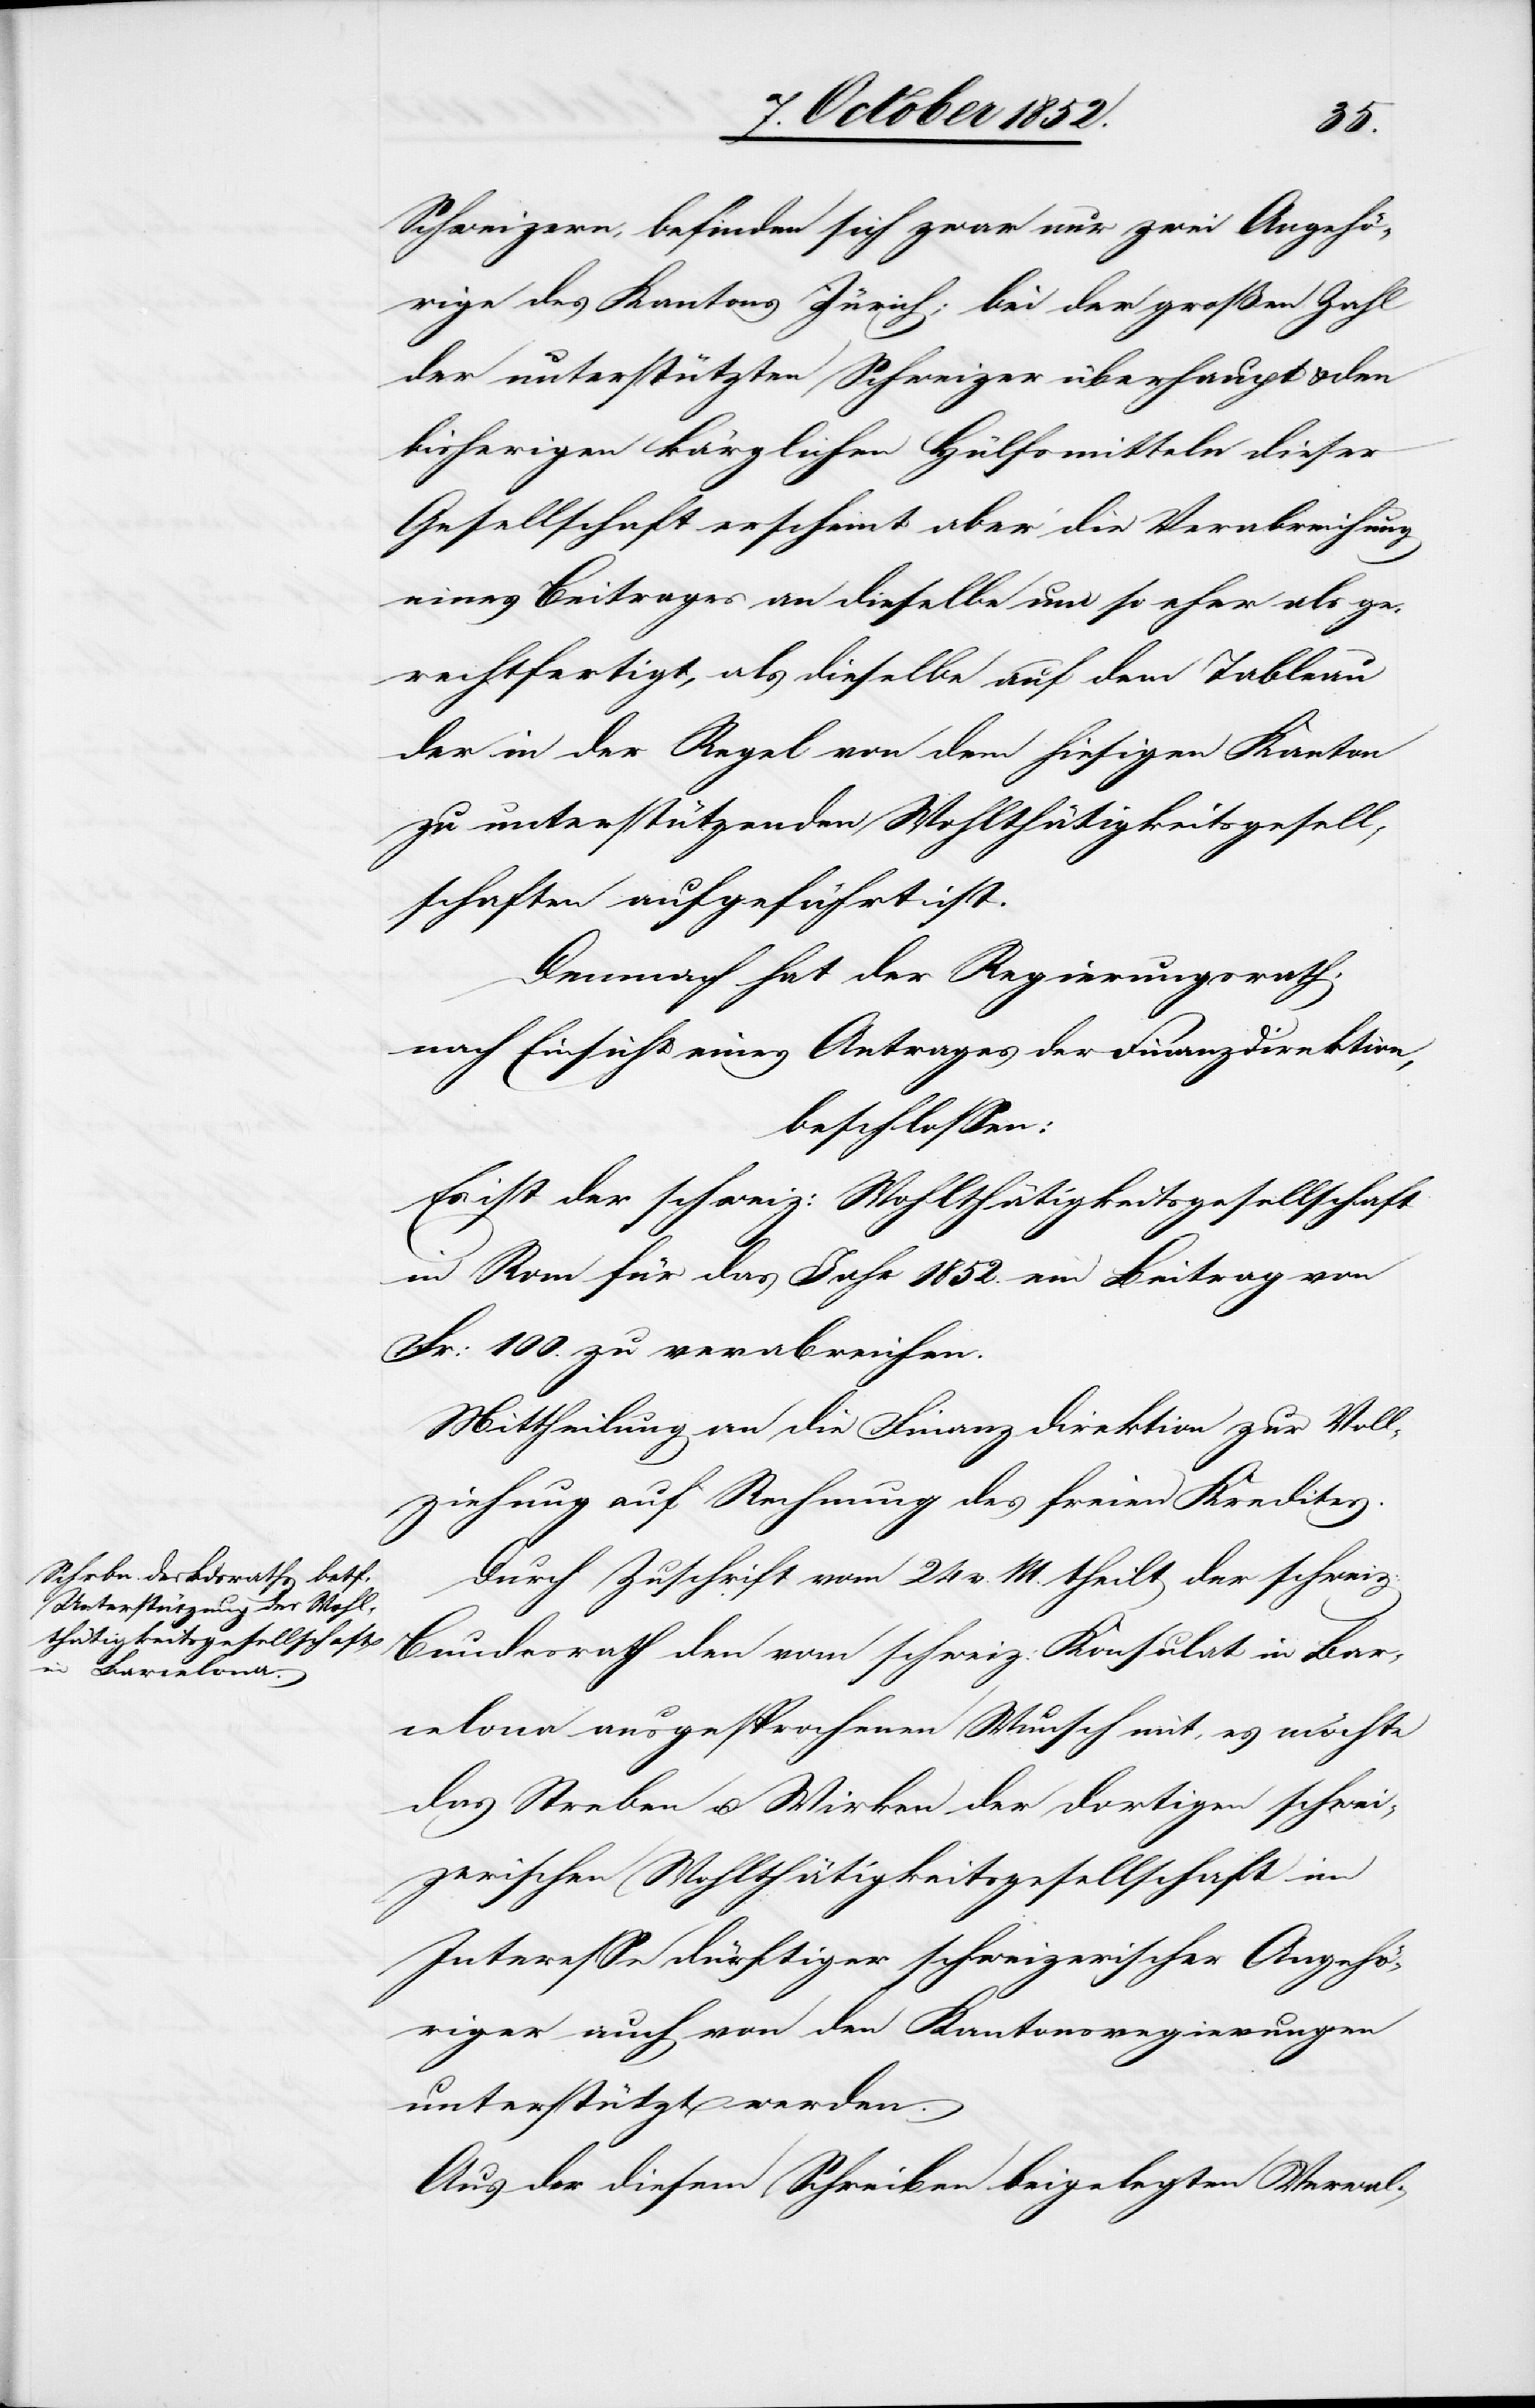
Schweizern, befinden sich zwar nur zwei Angehö¬
rige des Kantons Zürich; bei der großen Zahl
der unterstützten Schweizer überhaupt & den
bisherigen kärglichen Hülfsmitteln dieser
Gesellschaft erscheint aber die Verabreichung
eines Beitrages an dieselbe um so eher als ge¬
rechtfertigt, als dieselbe auf dem Tableau
der in der Regel von dem hiesigen Kanton
zu unterstützenden Wohlthätigkeitsgesell¬
schaften aufgeführt ist.
Demnach hat der Regierungsrath,
nach Einsicht eines Antrages der Finanzdirektion,
beschlossen:
Es ist der schweiz: Wohlthätigkeitsgesellschaft
in Rom für das Jahr 1852. ein Beitrag von
Fr: 100. zu verabreichen.
Mittheilung an die Finanzdirektion zur Voll¬
ziehung auf Rechnung des freien Kredites.
Durch Zuschrift vom 24 v. M. theilt der schweiz:
Bundesrath den vom schweiz: Konsulat in Bar¬
celona ausgesprochenen Wunsch mit, es möchte
das Streben u. Wirken der dortigen schwei¬
zerischen Wohlthätigkeitsgesellschaft im
Interesse dürftiger schweizerischer Angehö¬
riger auch von den Kantonsregierungen
unterstützt werden.
Aus der diesem Schreiben beigelegten Verwal-